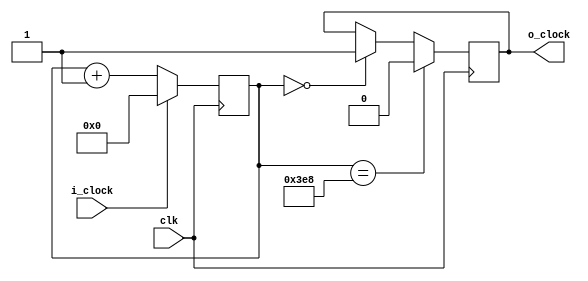
module ps2clock (
    input clk,
    input i_clock,
    output o_clock
);


    reg [10:0] delay_timer = 0;
    reg run_delay_timer = 0;
    reg r_clk = 0;

    assign o_clock = r_clk;
    
    always @(i_clock) begin
        if (!i_clock) begin
            run_delay_timer <= 1;
        end else begin
            run_delay_timer <= 0;
        end
    end
    
    always @(posedge clk) begin
        if (run_delay_timer) begin
            delay_timer <= delay_timer + 11'b1;
        end else begin
            delay_timer <= 0;
        end
    end
    
    always @(posedge clk) begin
        // Set the negedge at 20us (20000/20ns = 1000 ticks) after the falling ps2 clock.
        if (delay_timer == 11'd1000) begin
            r_clk <= 0; // set the negedge now
        end else if (delay_timer == 11'd0) begin
            r_clk <= 1;
        end
    end
  

endmodule